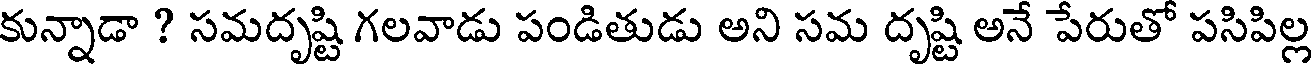
కున్నాడా ? సమదృష్టి గలవాడు పండితుడు అని సమ దృష్టి అనే పేరుతో పసిపిల్ల